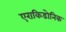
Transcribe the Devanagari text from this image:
एराकिडोनिक